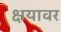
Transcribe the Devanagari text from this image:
क्षयावर